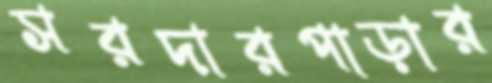
সরদারপাড়ার